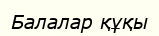
Балалар құқы